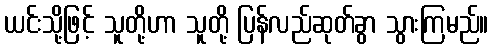
ယင်းသို့ဖြင့် သူတို့ဟာ သူတို့ ပြန်လည်ဆုတ်ခွာ သွားကြမည်။